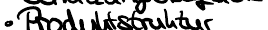
Produktstruktur